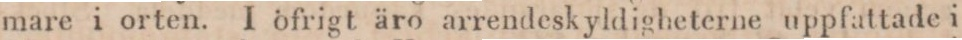
mare i orten. I öfrigt äro arrendeskyldigheterne uppfattade i